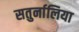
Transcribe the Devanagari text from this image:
सतुर्नालिया